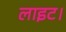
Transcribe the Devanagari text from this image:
लाइट।